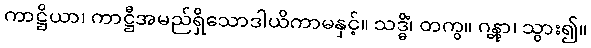
ကာဋ္ဌိယာ၊ ကာဋ္ဌီအမည်ရှိသောဒါယိကာမနှင့်။ သဒ္ဓိံ၊ တကွ။ ဂန္တွာ၊ သွား၍။